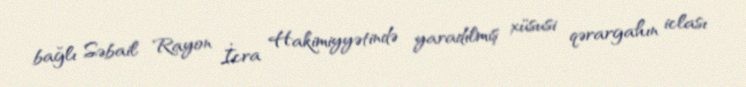
bağlı Səbail Rayon İcra Hakimiyyətində yaradılmış xüsusi qərargahın iclası